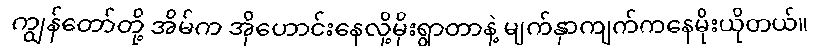
ကျွန်တော်တို့ အိမ်က အိုဟောင်းနေလို့မိုးရွာတာနဲ့ မျက်နှာကျက်ကနေမိုးယိုတယ်။